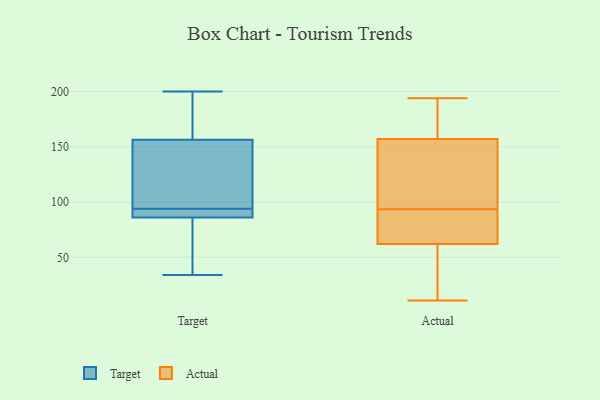
{"axis": {"x": "Shipments", "y": "Value"}, "legend": ["Actual", "Target"], "data": [{"x": "", "y": 34, "type": "Target"}, {"x": "", "y": 93, "type": "Target"}, {"x": "", "y": 200, "type": "Target"}, {"x": "", "y": 90, "type": "Target"}, {"x": "", "y": 145, "type": "Target"}, {"x": "", "y": 93, "type": "Target"}, {"x": "", "y": 92, "type": "Target"}, {"x": "", "y": 108, "type": "Target"}, {"x": "", "y": 51, "type": "Target"}, {"x": "", "y": 131, "type": "Target"}, {"x": "", "y": 82, "type": "Target"}, {"x": "", "y": 54, "type": "Target"}, {"x": "", "y": 95, "type": "Target"}, {"x": "", "y": 168, "type": "Target"}, {"x": "", "y": 177, "type": "Target"}, {"x": "", "y": 191, "type": "Target"}, {"x": "", "y": 11, "type": "Actual"}, {"x": "", "y": 194, "type": "Actual"}, {"x": "", "y": 157, "type": "Actual"}, {"x": "", "y": 151, "type": "Actual"}, {"x": "", "y": 98, "type": "Actual"}, {"x": "", "y": 89, "type": "Actual"}, {"x": "", "y": 69, "type": "Actual"}, {"x": "", "y": 83, "type": "Actual"}, {"x": "", "y": 62, "type": "Actual"}, {"x": "", "y": 56, "type": "Actual"}, {"x": "", "y": 164, "type": "Actual"}, {"x": "", "y": 157, "type": "Actual"}, {"x": "", "y": 104, "type": "Actual"}, {"x": "", "y": 41, "type": "Actual"}]}